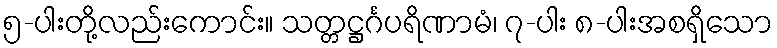
၅-ပါးတို့လည်းကောင်း။ သတ္တဋ္ဌင်္ဂပရိဏာမံ၊ ၇-ပါး ၈-ပါးအစရှိသော